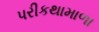
પરીકથામાળા